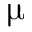
\upmu { }